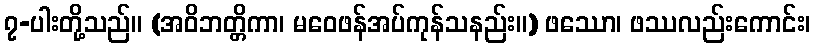
၇-ပါးတို့သည်။ (အဝိဘတ္တိကာ၊ မဝေဖန်အပ်ကုန်သနည်း။) ဖဿော၊ ဖဿလည်းကောင်း၊